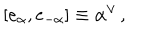
[ e _ { \alpha } , e _ { - \alpha } ] \equiv \alpha ^ { \vee } \, ,